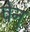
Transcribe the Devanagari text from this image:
वेनु